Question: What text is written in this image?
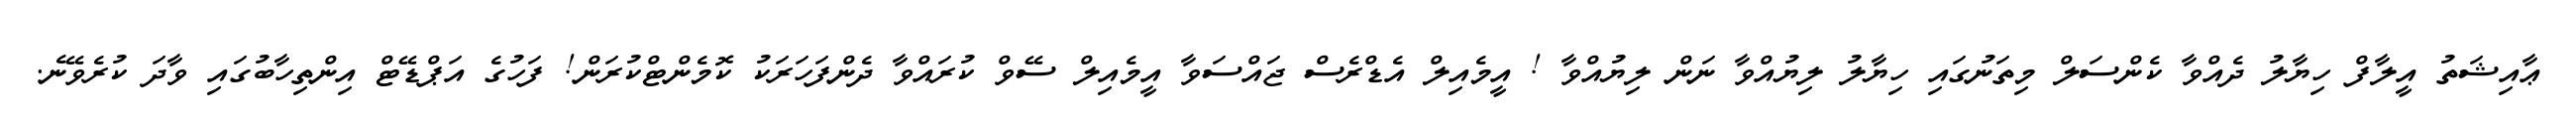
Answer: ޢާއިޝަތު އީލާފް ހިޔާލު ދެއްވާ ކެންސަލް މިތަނުގައި ހިޔާލު ލިޔުއްވާ ނަން ލިޔުއްވާ ! އީމެއިލް އެޑްރެސް ޖައްސަވާ އީމެއިލް ސޭވް ކުރައްވާ ދެންފަހަރަކު ކޮމެންޓްކުރަން! ފަހުގެ އަޕްޑޭޓް އިންތިހާބުގައި ވާދަ ކުރެވޭނެ.